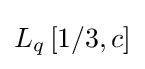
L_{q}\left[1/3,c\right]